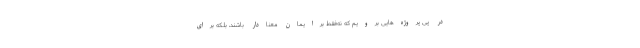
در پی پروژه‌هایی برویم که نه‌فقط برایمان معنادار باشند، بلکه برای